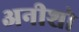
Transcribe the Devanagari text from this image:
अनीशो